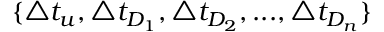
\{ \triangle t _ { u } , \triangle t _ { D _ { 1 } } , \triangle t _ { D _ { 2 } } , . . . , \triangle t _ { D _ { n } } \}